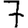
Digit: 7